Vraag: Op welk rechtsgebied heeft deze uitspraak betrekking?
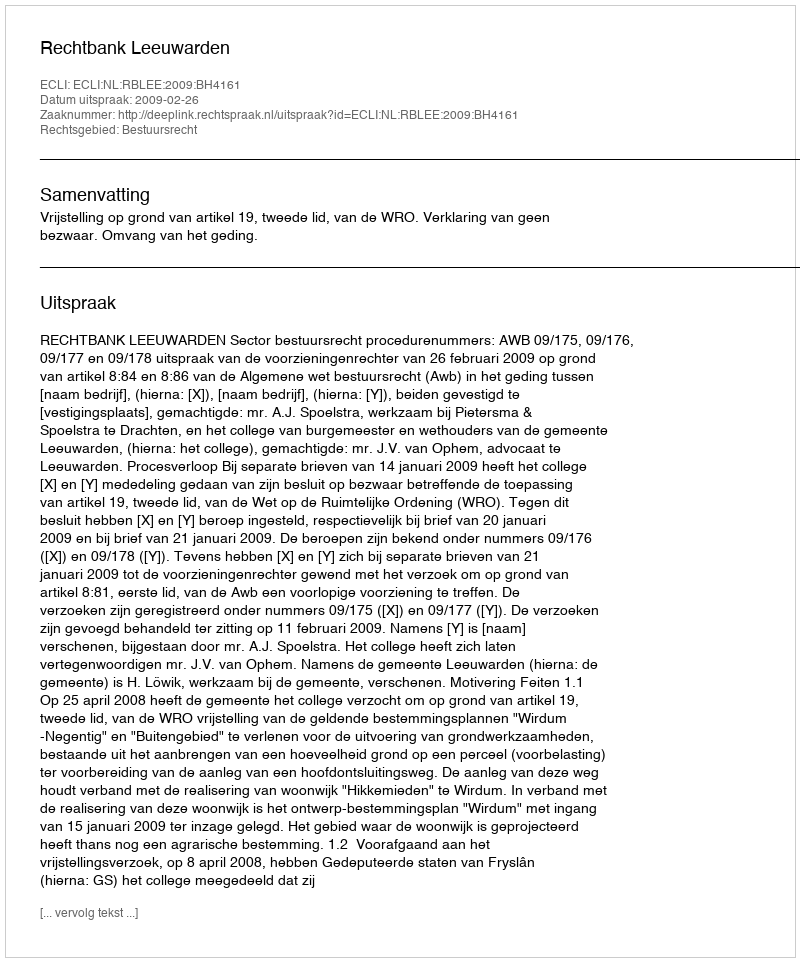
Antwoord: Bestuursrecht